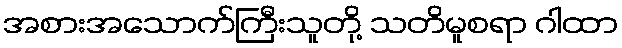
အစားအသောက်ကြီးသူတို့ သတိမူစရာ ဂါထာ